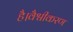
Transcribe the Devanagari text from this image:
है।वैश्वीकरण